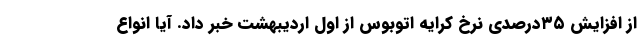
از افزایش ۳۵درصدی نرخ کرایه اتوبوس از اول اردیبهشت خبر داد. آیا انواع